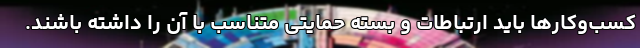
کسب‌وکارها باید ارتباطات و بسته حمایتی متناسب با آن را داشته باشند.